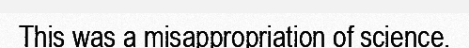
This was a misappropriation of science.